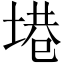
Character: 塂